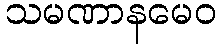
သမဏာနမေဝ